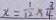
x = \frac { 1 } { 1 2 } \times \frac { 3 } { 4 }